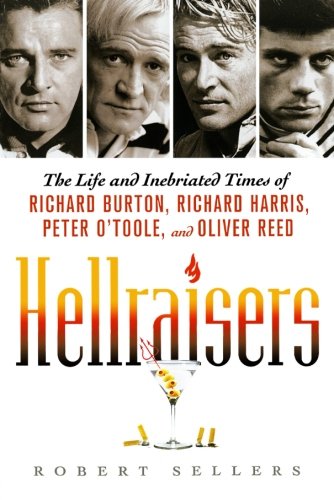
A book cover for Hellraisers: The Life and Inebriated Times of Richard Burton, Richard Harris, Peter O'Toole, and Oliver Reed; Robert Sellers; Biographies & Memoirs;